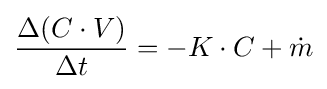
{\frac {\Delta (C\cdot V)}{\Delta t}}=-K\cdot C+{\dot {m}}